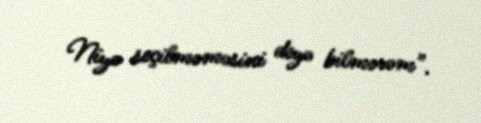
Niyə seçilməməsini deyə bilmərəm”.